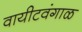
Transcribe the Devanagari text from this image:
वायीटवंगाळ